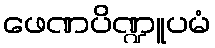
ဖေဏပိဏ္ဍူပမံ